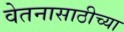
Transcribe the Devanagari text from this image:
वेतनासाठीच्या